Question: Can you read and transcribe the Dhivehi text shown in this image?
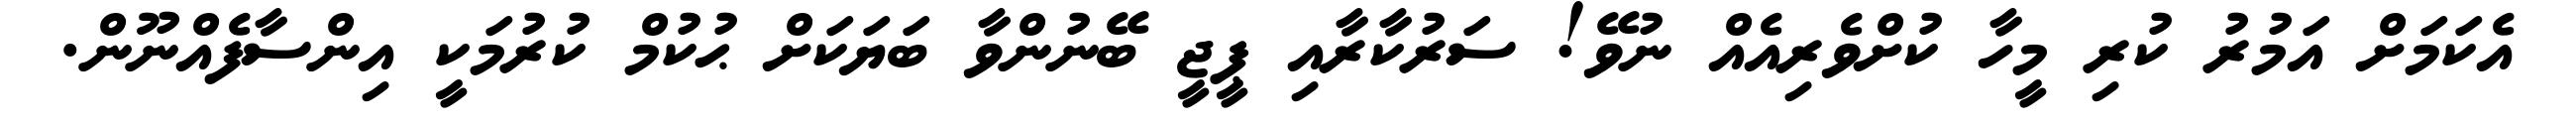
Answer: އެކަމަށް އަމުރު ކުރި މީހާ ކުށްވެރިއެއް ނުވޭ! ސަރުކާރާއި ޕީޖީ ބޭނުންވާ ބަޔަކަށް ޙުކުމް ކުރުމަކީ އިންސާފެއްނޫން.